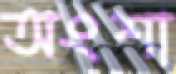
অংশা